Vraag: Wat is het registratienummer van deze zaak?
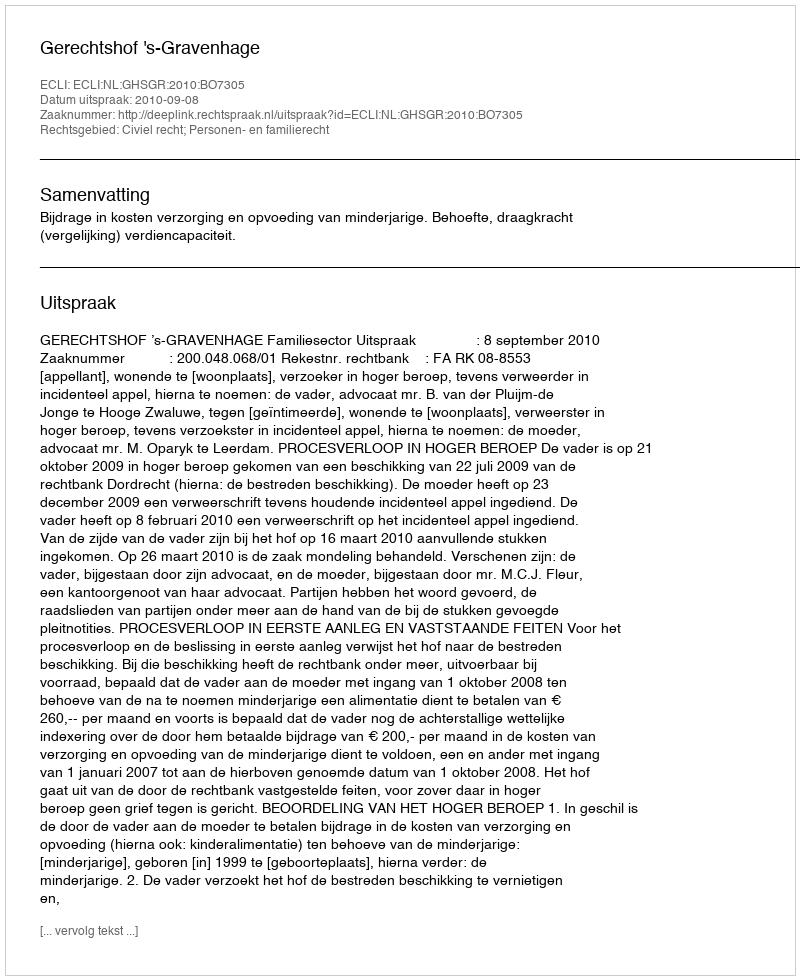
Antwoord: http://deeplink.rechtspraak.nl/uitspraak?id=ECLI:NL:GHSGR:2010:BO7305